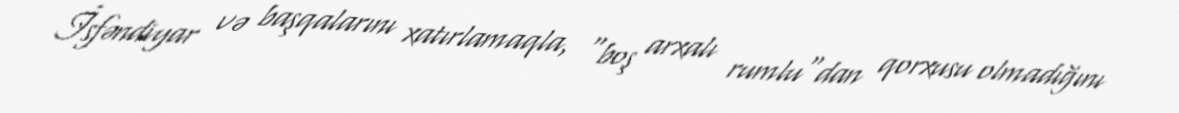
İsfəndiyar və başqalarını xatırlamaqla, "boş arxalı rumlu"dan qorxusu olmadığını